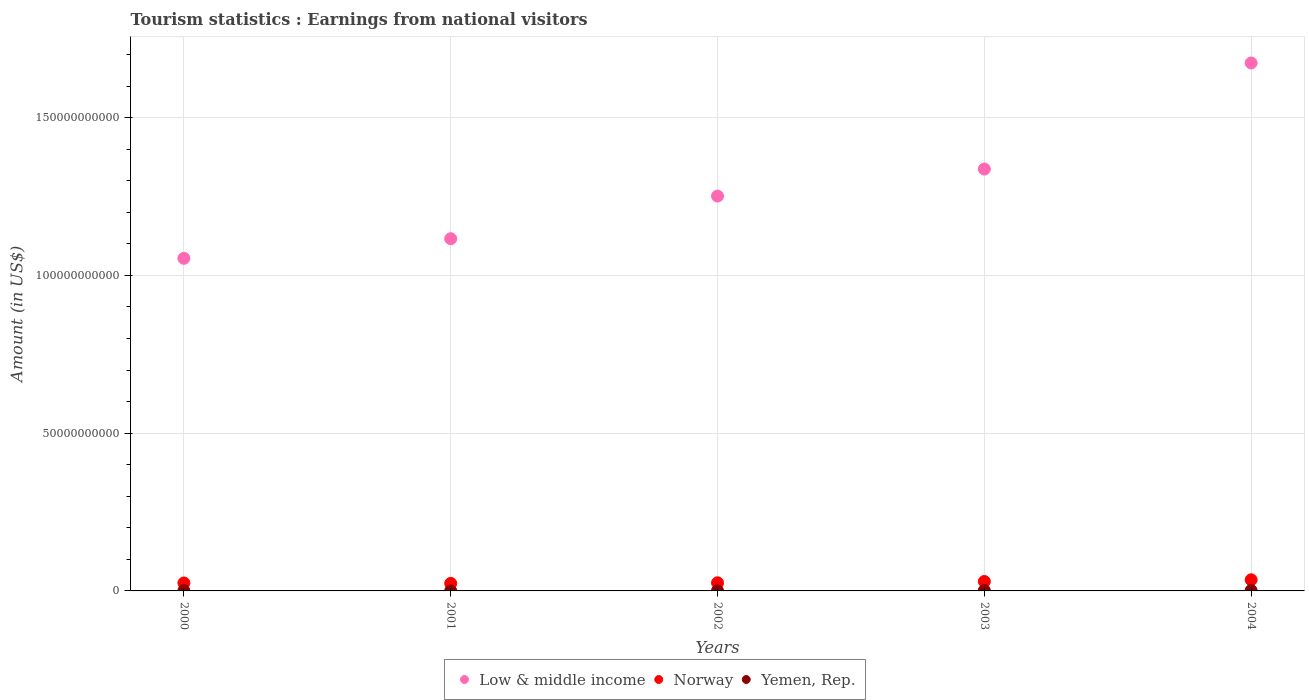
| Years | Low & middle income | Norway | Yemen, Rep. |
 | --- | --- | --- | --- |
 | 2000 | 1.05e+11 | 2.52e+09 | 7.3e+07 |
 | 2001 | 1.12e+11 | 2.38e+09 | 3.8e+07 |
 | 2002 | 1.25e+11 | 2.58e+09 | 3.8e+07 |
 | 2003 | 1.34e+11 | 2.99e+09 | 1.39e+08 |
 | 2004 | 1.67e+11 | 3.53e+09 | 1.39e+08 |